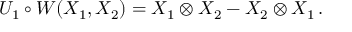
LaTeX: U _ { 1 } \circ W ( X _ { 1 } , X _ { 2 } ) = X _ { 1 } \otimes X _ { 2 } - X _ { 2 } \otimes X _ { 1 } \, .